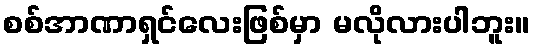
စစ်အာဏာရှင်လေးဖြစ်မှာ မလိုလားပါဘူး။